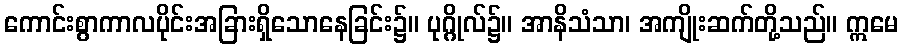
ကောင်းစွာကာလပိုင်းအခြားရှိသောနေခြင်း၌။ ပုဂ္ဂိုလ်၌။ အာနိသံသာ၊ အကျိုးဆက်တို့သည်။ ဣမေ